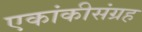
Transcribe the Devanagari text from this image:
एकांकीसंग्रह